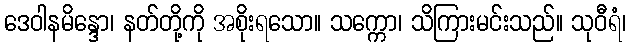
ဒေဝါနမိန္ဒော၊ နတ်တို့ကို အစိုးရသော။ သက္ကော၊ သိကြားမင်းသည်။ သုဝီရံ၊